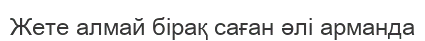
Жете алмай бірақ саған әлі арманда